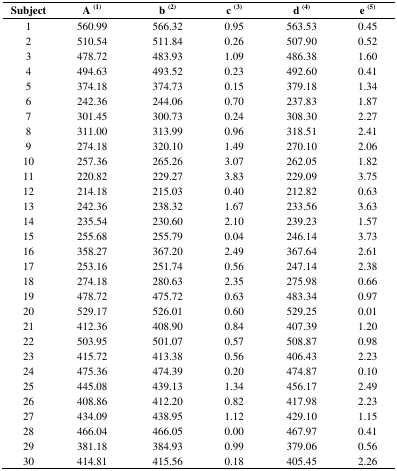
<table><thead><tr><td><b>Subject</b></td><td><b>A(1)</b></td><td><b>b(2)</b></td><td><b>c(3)</b></td><td><b>d(4)</b></td><td><b>e(5)</b></td></tr></thead><tbody><tr><td>1</td><td>560.99</td><td>566.32</td><td>0.95</td><td>563.53</td><td>0.45</td></tr><tr><td>2</td><td>510.54</td><td>511.84</td><td>0.26</td><td>507.90</td><td>0.52</td></tr><tr><td>3</td><td>478.72</td><td>483.93</td><td>1.09</td><td>486.38</td><td>1.60</td></tr><tr><td>4</td><td>494.63</td><td>493.52</td><td>0.23</td><td>492.60</td><td>0.41</td></tr><tr><td>5</td><td>374.18</td><td>374.73</td><td>0.15</td><td>379.18</td><td>1.34</td></tr><tr><td>6</td><td>242.36</td><td>244.06</td><td>0.70</td><td>237.83</td><td>1.87</td></tr><tr><td>7</td><td>301.45</td><td>300.73</td><td>0.24</td><td>308.30</td><td>2.27</td></tr><tr><td>8</td><td>311.00</td><td>313.99</td><td>0.96</td><td>318.51</td><td>2.41</td></tr><tr><td>9</td><td>274.18</td><td>320.10</td><td>1.49</td><td>270.10</td><td>2.06</td></tr><tr><td>10</td><td>257.36</td><td>265.26</td><td>3.07</td><td>262.05</td><td>1.82</td></tr><tr><td>11</td><td>220.82</td><td>229.27</td><td>3.83</td><td>229.09</td><td>3.75</td></tr><tr><td>12</td><td>214.18</td><td>215.03</td><td>0.40</td><td>212.82</td><td>0.63</td></tr><tr><td>13</td><td>242.36</td><td>238.32</td><td>1.67</td><td>233.56</td><td>3.63</td></tr><tr><td>14</td><td>235.54</td><td>230.60</td><td>2.10</td><td>239.23</td><td>1.57</td></tr><tr><td>15</td><td>255.68</td><td>255.79</td><td>0.04</td><td>246.14</td><td>3.73</td></tr><tr><td>16</td><td>358.27</td><td>367.20</td><td>2.49</td><td>367.64</td><td>2.61</td></tr><tr><td>17</td><td>253.16</td><td>251.74</td><td>0.56</td><td>247.14</td><td>2.38</td></tr><tr><td>18</td><td>274.18</td><td>280.63</td><td>2.35</td><td>275.98</td><td>0.66</td></tr><tr><td>19</td><td>478.72</td><td>475.72</td><td>0.63</td><td>483.34</td><td>0.97</td></tr><tr><td>20</td><td>529.17</td><td>526.01</td><td>0.60</td><td>529.25</td><td>0.01</td></tr><tr><td>21</td><td>412.36</td><td>408.90</td><td>0.84</td><td>407.39</td><td>1.20</td></tr><tr><td>22</td><td>503.95</td><td>501.07</td><td>0.57</td><td>508.87</td><td>0.98</td></tr><tr><td>23</td><td>415.72</td><td>413.38</td><td>0.56</td><td>406.43</td><td>2.23</td></tr><tr><td>24</td><td>475.36</td><td>474.39</td><td>0.20</td><td>474.87</td><td>0.10</td></tr><tr><td>25</td><td>445.08</td><td>439.13</td><td>1.34</td><td>456.17</td><td>2.49</td></tr><tr><td>26</td><td>408.86</td><td>412.20</td><td>0.82</td><td>417.98</td><td>2.23</td></tr><tr><td>27</td><td>434.09</td><td>438.95</td><td>1.12</td><td>429.10</td><td>1.15</td></tr><tr><td>28</td><td>466.04</td><td>466.05</td><td>0.00</td><td>467.97</td><td>0.41</td></tr><tr><td>29</td><td>381.18</td><td>384.93</td><td>0.99</td><td>379.06</td><td>0.56</td></tr><tr><td>30</td><td>414.81</td><td>415.56</td><td>0.18</td><td>405.45</td><td>2.26</td></tr></tbody></table>